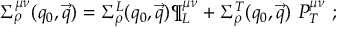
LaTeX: \Sigma _ { \rho } ^ { \mu \nu } ( q _ { 0 } , \vec { q } ) = \Sigma _ { \rho } ^ { L } ( q _ { 0 } , \vec { q } ) \P _ { L } ^ { \mu \nu } + \Sigma _ { \rho } ^ { T } ( q _ { 0 } , \vec { q } ) \ P _ { T } ^ { \mu \nu } \ ;